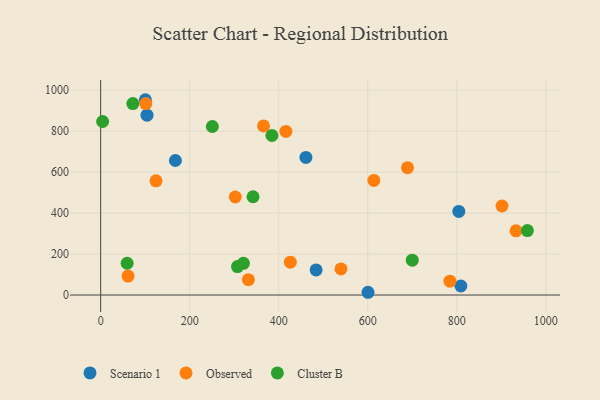
{"axis": {"x": "Investment", "y": "Exam Score"}, "legend": ["Cluster B", "Observed", "Scenario 1"], "data": [{"x": "167.9", "y": 656.8, "type": "Scenario 1"}, {"x": "600.6", "y": 13.4, "type": "Scenario 1"}, {"x": "100.4", "y": 953.5, "type": "Scenario 1"}, {"x": "461.1", "y": 671.6, "type": "Scenario 1"}, {"x": "804.6", "y": 408.3, "type": "Scenario 1"}, {"x": "484.0", "y": 122.3, "type": "Scenario 1"}, {"x": "104.1", "y": 877.9, "type": "Scenario 1"}, {"x": "809.2", "y": 44.1, "type": "Scenario 1"}, {"x": "901.6", "y": 434.6, "type": "Observed"}, {"x": "302.4", "y": 478.5, "type": "Observed"}, {"x": "613.7", "y": 559.5, "type": "Observed"}, {"x": "539.8", "y": 127.5, "type": "Observed"}, {"x": "933.1", "y": 313.3, "type": "Observed"}, {"x": "101.3", "y": 934.6, "type": "Observed"}, {"x": "689.3", "y": 621.5, "type": "Observed"}, {"x": "124.3", "y": 557.4, "type": "Observed"}, {"x": "365.9", "y": 825.7, "type": "Observed"}, {"x": "416.1", "y": 798.6, "type": "Observed"}, {"x": "61.5", "y": 92.7, "type": "Observed"}, {"x": "331.8", "y": 74.7, "type": "Observed"}, {"x": "426.0", "y": 160.6, "type": "Observed"}, {"x": "784.6", "y": 67.4, "type": "Observed"}, {"x": "59.5", "y": 155.0, "type": "Cluster B"}, {"x": "958.6", "y": 314.6, "type": "Cluster B"}, {"x": "4.4", "y": 847.1, "type": "Cluster B"}, {"x": "307.4", "y": 139.0, "type": "Cluster B"}, {"x": "72.3", "y": 934.8, "type": "Cluster B"}, {"x": "384.7", "y": 778.8, "type": "Cluster B"}, {"x": "250.9", "y": 822.8, "type": "Cluster B"}, {"x": "700.0", "y": 169.9, "type": "Cluster B"}, {"x": "342.3", "y": 479.7, "type": "Cluster B"}, {"x": "320.7", "y": 154.6, "type": "Cluster B"}]}